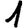
Digit: 1